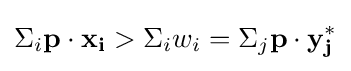
\Sigma _{i}\mathbf {p} \cdot \mathbf {x_{i}} >\Sigma _{i}w_{i}=\Sigma _{j}\mathbf {p} \cdot \mathbf {y_{j}^{*}}